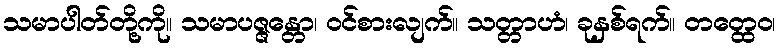
သမာပါတ်တို့ကို။ သမာပဇ္ဇန္တော၊ ဝင်စားလျက်။ သတ္တာဟံ၊ ခုနှစ်ရက်။ တတ္ထေဝ၊